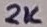
Text: 2K